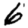
Digit: 6